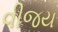
વીજય